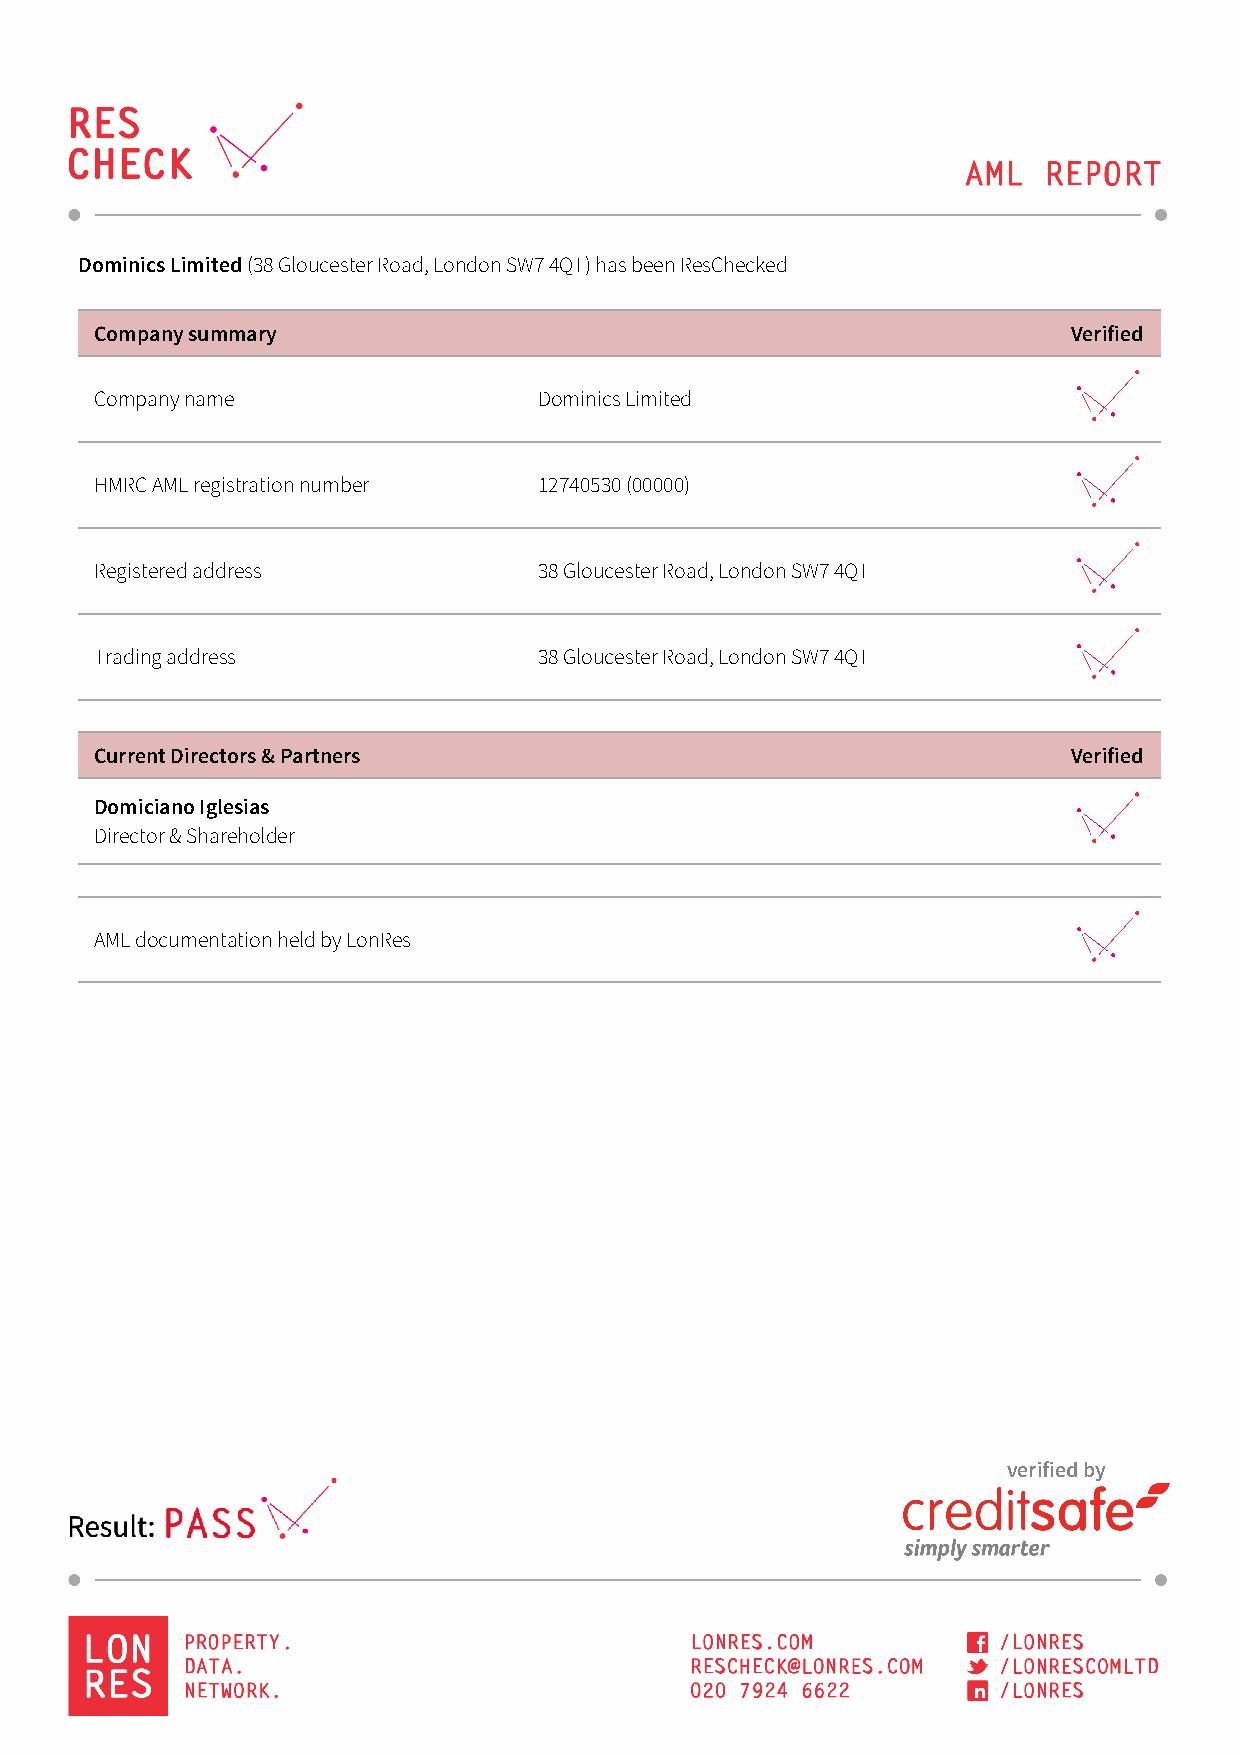
Dominics Limited (38 Gloucester Road, London SW7 4QT) has been ResChecked
 Company summary                                                  Verified
 Company name                  Dominics Limited
 HMRC AML registration number  12740530 (00000)
 Registered address            38 Gloucester Road, London SW7 4QT
 Trading address               38 Gloucester Road, London SW7 4QT
 Current Directors & Partners                                     Verified
 Domiciano Iglesias
 Director & Shareholder
 AML documentation held by LonRes
 verified by